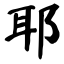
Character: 耶